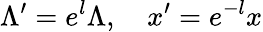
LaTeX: \Lambda^{\prime}=e^{l}\Lambda,\quad x^{\prime}=e^{-l}x